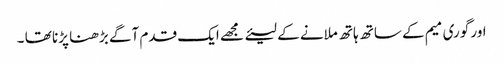
اور گوری میم کے ساتھ ہاتھ ملانے کے لیئے مجھے ایک قدم آگے بڑھنا پڑنا تھا ۔